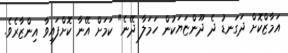
އަމާޒްކޮށް ދަގަނޑު ދެ ދޫންޏަޔަކުން ހަމަލާ ދޭނެ" ކަމަށް އޭނާ ކޮށްފައިވާ އިންޒާރެވެ.